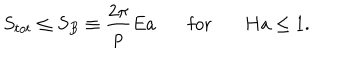
LaTeX: S _ { t o t } \leq S _ { B } \equiv { \frac { 2 \pi } { p } } E a \ \ \ \mathrm { f o r } \ \ \ H a \leq 1 .